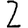
Digit: 2